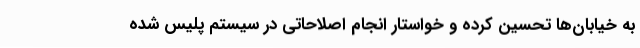
به خیابان‌ها تحسین کرده و خواستار انجام اصلاحاتی در سیستم پلیس شده